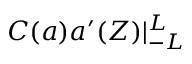
C ( { a } ) { a } ^ { \prime } ( Z ) | _ { - L } ^ { L }